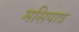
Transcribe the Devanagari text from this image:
मसिपात्र